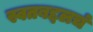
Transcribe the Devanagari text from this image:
स्वतबद्दलचं